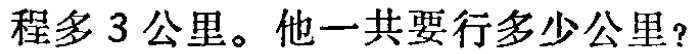
程多 3 公里。他一共要行多少公里？